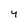
Character: 4